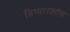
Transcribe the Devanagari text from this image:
हिप्पारख़ोस